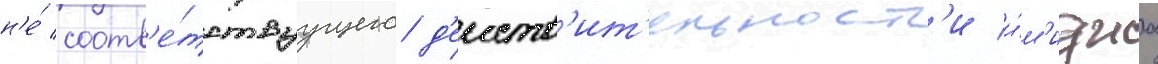
н'е́ соотв'е́тствуущего д'еиств'ит'ельност'и и́м'иджа